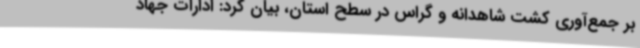
بر جمع‌آوری کشت شاهدانه و گراس در سطح استان، بیان کرد: ادارات جهاد